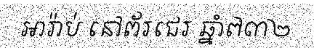
អារ៉ាប់ នៅព័រជេរ ឆ្នាំ៧៣២